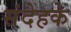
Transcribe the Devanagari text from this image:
संदेहके